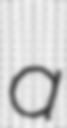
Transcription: a